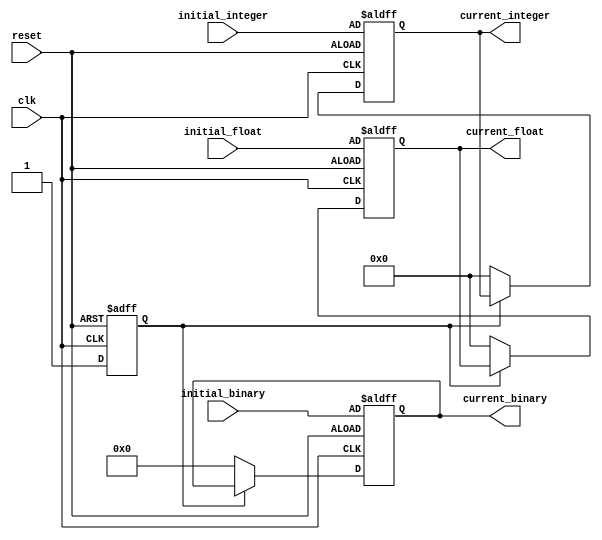
module ConfigurableInitialConditions #(
    parameter INTEGER_INIT = 0,        // Default initial value for integer
    parameter FLOAT_INIT = 32'h00000000, // Default initial value for floating-point (IEEE 754 format)
    parameter BINARY_INIT = 8'b00000000  // Default initial value for binary
)(
    input wire clk,                      // Clock signal
    input wire reset,                    // Reset signal
    input wire [31:0] initial_integer,   // User-defined initial integer value
    input wire [31:0] initial_float,     // User-defined initial floating-point value
    input wire [7:0] initial_binary,     // User-defined initial binary value
    output reg [31:0] current_integer,    // Current integer state
    output reg [31:0] current_float,      // Current floating-point state
    output reg [7:0] current_binary       // Current binary state
);

    // Internal variable for initialization done flag
    reg init_done;

    // Initialization logic
    always @(posedge clk or posedge reset) begin
        if (reset) begin
            // Reset state variables to user-defined initial conditions
            current_integer <= initial_integer;
            current_float <= initial_float;
            current_binary <= initial_binary;
            init_done <= 1'b1; // Mark initialization as done
        end else if (!init_done) begin
            // Only initialize once at the start of the simulation
            current_integer <= INTEGER_INIT;
            current_float <= FLOAT_INIT;
            current_binary <= BINARY_INIT;
            init_done <= 1'b1; // Mark initialization as done
        end
    end

endmodule